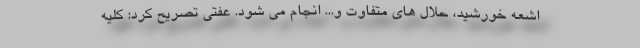
اشعه خورشید، حلال های متفاوت و... انجام می شود. عفتی تصریح کرد: کلیه